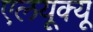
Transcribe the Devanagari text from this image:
एलयूक्यू